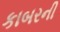
કાબરની